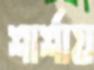
শার্শায়